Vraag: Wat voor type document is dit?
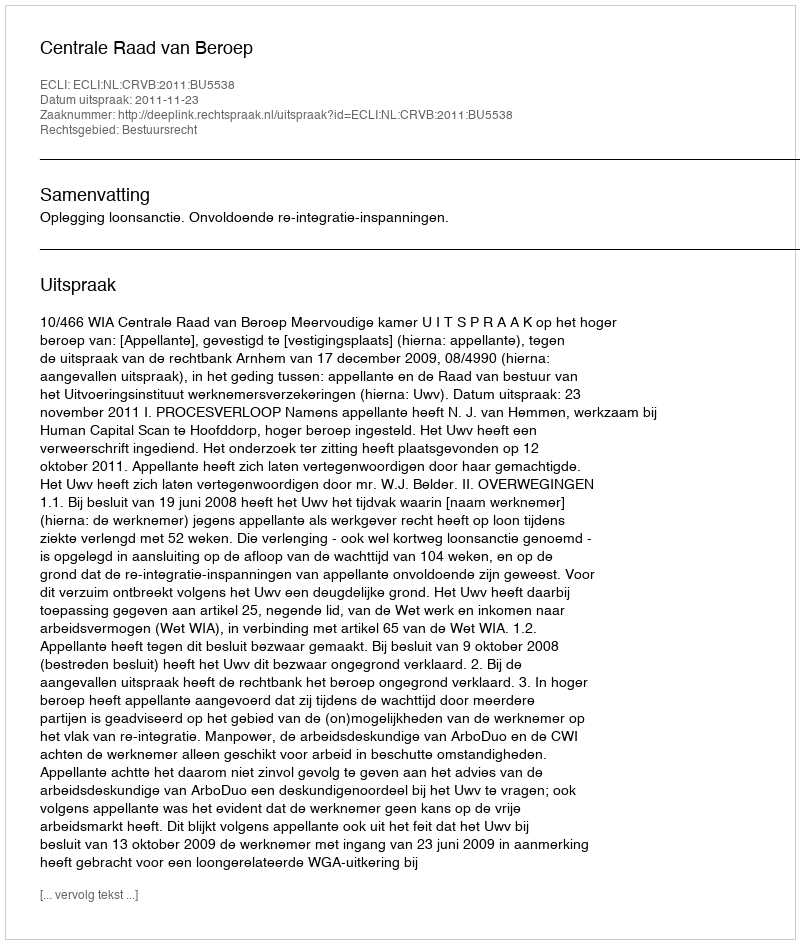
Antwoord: Uitspraak